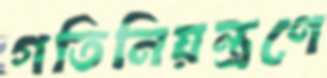
গতিনিয়ন্ত্রণে